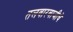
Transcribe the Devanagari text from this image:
तलवारबाजीचे